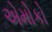
એમોકો